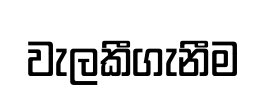
වැලකීගැනීම